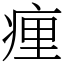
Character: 㾖